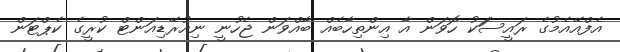
އެފްއޭއެމުގެ ރައީސަަކު ހޮވަން އާ އިންތިހާބެއް ބާއްވަން ޖެހުނީ ނިއުރޭޑިއަންޓް ކުރީގެ ކެޕްޓަން